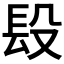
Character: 𨱚